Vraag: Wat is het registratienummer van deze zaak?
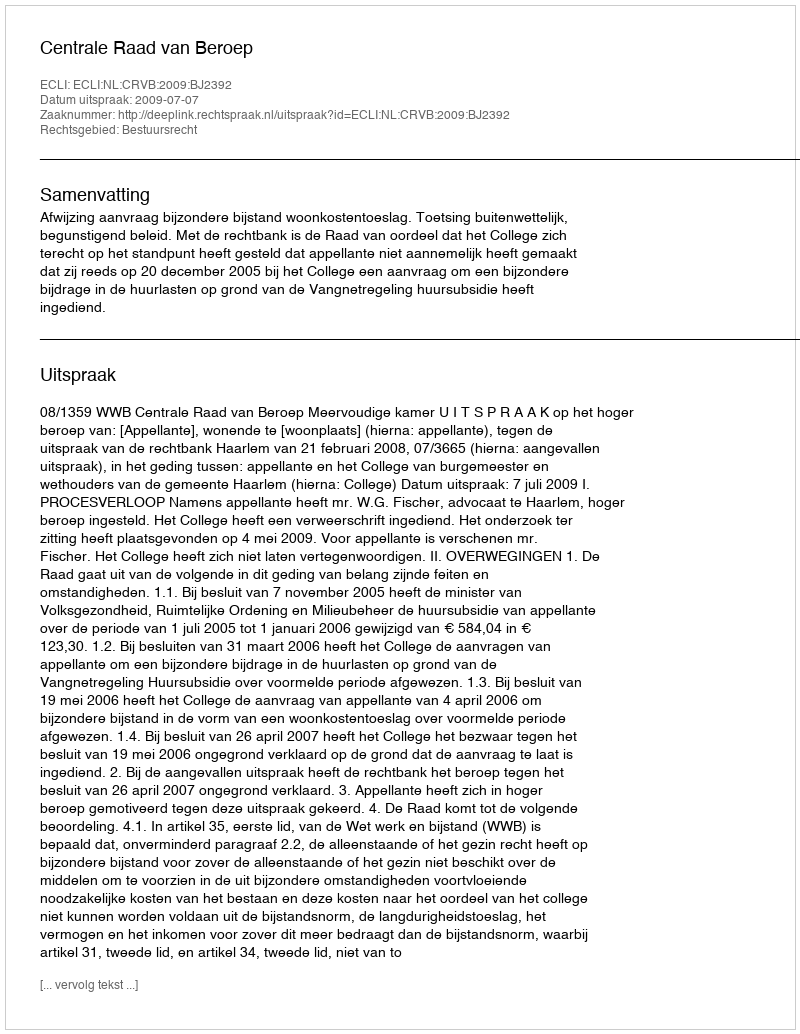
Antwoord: http://deeplink.rechtspraak.nl/uitspraak?id=ECLI:NL:CRVB:2009:BJ2392